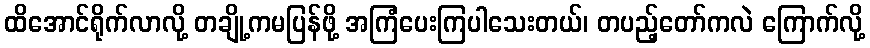
ထိအောင်ရိုက်လာလို့ တချို့ကမပြန်ဖို့ အကြံပေးကြပါသေးတယ်၊ တပည့်တော်ကလဲ ကြောက်လို့